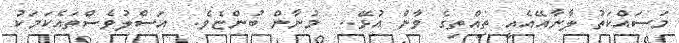
މަސައްކަތު ލާނާއޭއެއީ ތިއްތިގެ ވާން އުޅޭ..  މުނާން ބުންޏެވެ.  އަސްލުވެސްތައެކަމަކު